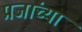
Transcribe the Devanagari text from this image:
प्रजांच्या